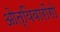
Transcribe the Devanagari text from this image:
ओत्यिवारोंगो